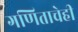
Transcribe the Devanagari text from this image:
गणिताचेही